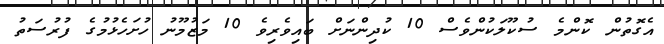
އެގޮތުން ކޮންމެ ސުކޫލަކުންވެސް 10 ކުދިންނަށް ބައިވެރިވެ 10 މަޒުމޫނު ހުށަހެޅުމުގެ ފުރުސަތު